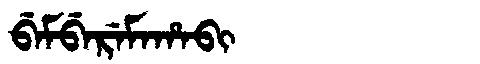
Manchu: ᠪᡝᠮᠪᡝᡵᡝᠮᠠᡥᠠᠪᡳ
Romanization: BEMBEREMAHABI